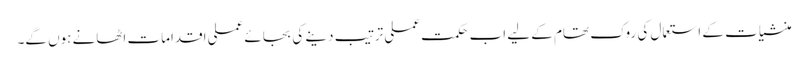
منشیات کے استعمال کی روک تھام کے لیے اب حکمت عملی ترتیب دینے کی بجائے عملی اقدامات اٹھانے ہوں گے۔